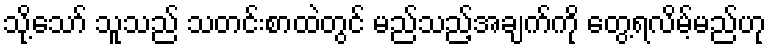
သို့သော် သူသည် သတင်းစာထဲတွင် မည်သည့်အချက်ကို တွေ့ရလိမ့်မည်ဟု